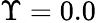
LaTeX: \Upsilon=0.0